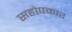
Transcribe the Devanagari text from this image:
सहोपकार